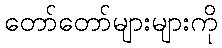
တော်တော်များများကို